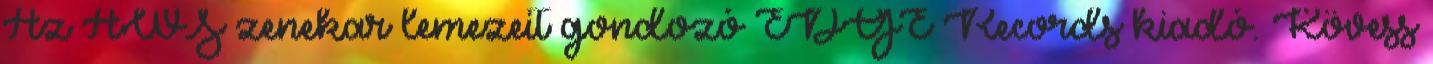
Az AWS zenekar lemezeit gondozó EDGE Records kiadó. Kövess